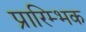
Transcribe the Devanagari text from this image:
प्रारिम्भक